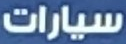
سيارات